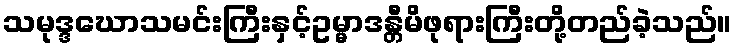
သမုဒ္ဒဃောသမင်းကြီးနှင့်ဥမ္မာဒန္တီမိဖုရားကြီးတို့တည်ခဲ့သည်။